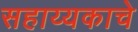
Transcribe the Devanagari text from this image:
सहाय्यकाचे